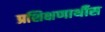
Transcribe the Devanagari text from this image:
प्रशिक्षणार्थीस